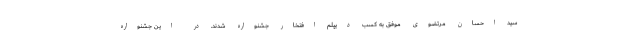
سید احسان مرتضوی موفق به کسب دیپلم افتخار جشنواره شدند. در این جشنواره